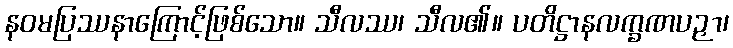
နဝမပြဿနာကြောင့်ဖြစ်သော။ သီလဿ၊ သီလ၏။ ပတိဋ္ဌာနလက္ခဏပဉှာ၊